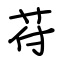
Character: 苻